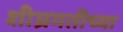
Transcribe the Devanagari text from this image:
शीघ्रगतीच्या